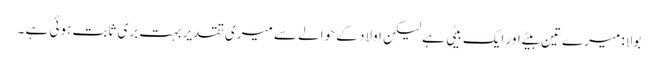
بولا: میرے تین بیٹے اور ایک بیٹی ہے لیکن اولاد کے حوالے سے میری تقدیر بہت بری ثابت ہوئی ہے ۔